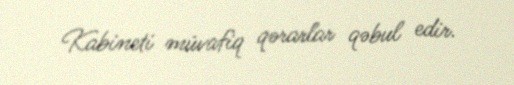
Kabineti müvafiq qərarlar qəbul edir.